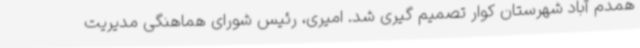
همدم آباد شهرستان کوار تصمیم گیری شد. امیری، رئیس شورای هماهنگی مدیریت